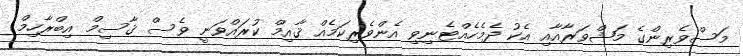
މަސްވެރިންގެ މަޝްވަރާއާއި އެކު ދެމެހެއްޓެނިވި އެންވެރިކަމެއް ޤާއިމް ކުރައްވަނީ ވެސް ޤާސިމް އިބްރާހިމް